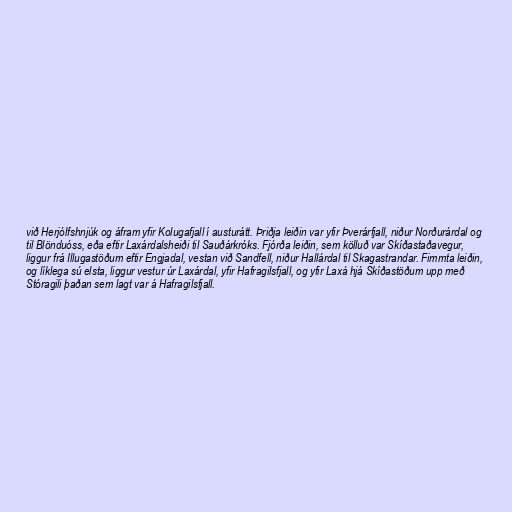
við Herjólfshnjúk og áfram yfir Kolugafjall í austurátt. Þriðja leiðin var yfir Þverárfjall, niður Norðurárdal og
til Blönduóss, eða eftir Laxárdalsheiði til Sauðárkróks. Fjórða leiðin, sem kölluð var Skíðastaðavegur,
liggur frá Illugastöðum eftir Engjadal, vestan við Sandfell, niður Hallárdal til Skagastrandar. Fimmta leiðin,
og líklega sú elsta, liggur vestur úr Laxárdal, yfir Hafragilsfjall, og yfir Laxá hjá Skíðastöðum upp með
Stóragili þaðan sem lagt var á Hafragilsfjall.